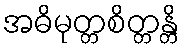
အဓိမုတ္တစိတ္တန္တိ